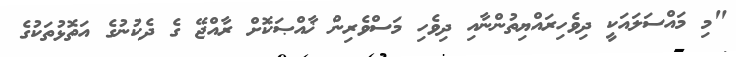
"މި މައްސަލައަކީ ދިވެހިރައްޔިތުންނާއި ދިވެހި މަސްވެރިން ޚާއްޞަކޮށް ރާއްޖޭ ގެ ދެކުނުގެ އަތޮޅުތަކުގެ